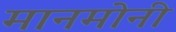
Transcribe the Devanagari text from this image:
मानमोनी